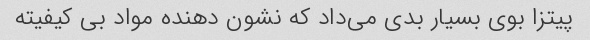
پیتزا بوی بسیار بدی می‌داد که نشون دهنده مواد بی کیفیته